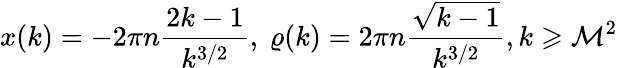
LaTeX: x(k)=-2\pi n\frac{2k-1}{k^{3/2}},~\varrho(k)=2\pi n\frac{\sqrt{k-1}}{k^{3/2}},k\geqslant\mathcal{M}^{2}